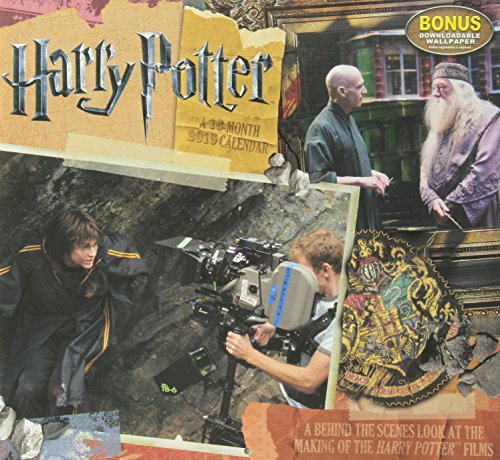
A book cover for Harry Potter Wall Calendar (2015); Day Dream; Calendars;